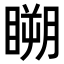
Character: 𥉮